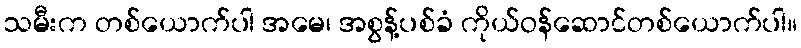
သမီးက တစ်ယောက်ပါ အမေ၊ အစွန့်ပစ်ခံ ကိုယ်ဝန်ဆောင်တစ်ယောက်ပါ။